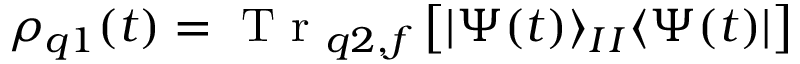
\rho _ { q 1 } ( t ) = \mathrm { ~ T ~ r ~ } _ { q 2 , f } \left[ | \Psi ( t ) \rangle _ { I } { } _ { I } \langle \Psi ( t ) | \right]